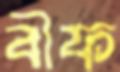
বীফ